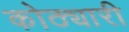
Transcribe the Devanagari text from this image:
कोठ्यारी